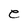
Character: e